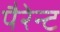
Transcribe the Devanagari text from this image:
पैरेन्ट